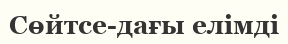
Сөйтсе-дағы елімді